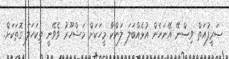
ޞަރީފުއަތް ވިސްނޭ އޭނަހެން އުޅެއްބަލަ ލަންކާ މީހަަކަށް މަޝްހޫރު ވެވޭނީ ތިކަހަލަ ގޮތަކަށް.